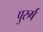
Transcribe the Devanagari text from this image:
पुरुर्ष